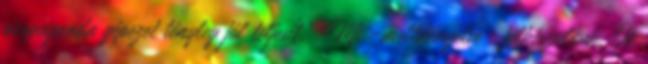
propaganda gépezet tényleg jól teljesít.” Mi -melldöngetve- felkészülünk, Ők